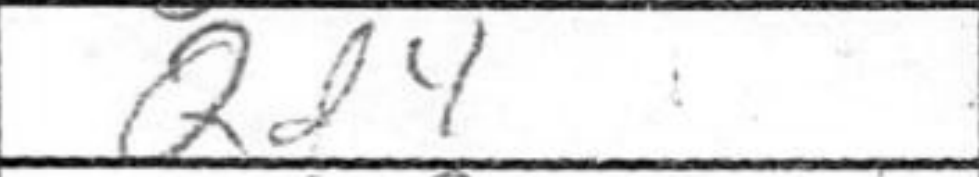
Transcription: Qd4